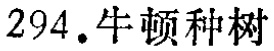
$294. 牛顿种树$